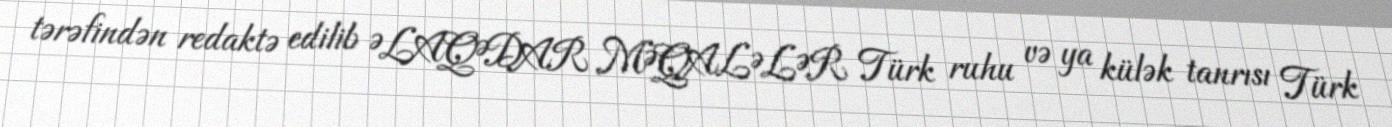
tərəfindən redaktə edilib ƏLAQƏDAR MƏQALƏLƏR Türk ruhu və ya külək tanrısı Türk